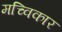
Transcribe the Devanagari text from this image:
मच्विकार